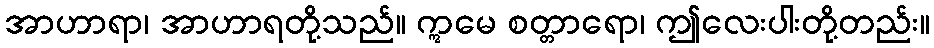
အာဟာရာ၊ အာဟာရတို့သည်။ ဣမေ စတ္တာရော၊ ဤလေးပါးတို့တည်း။